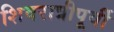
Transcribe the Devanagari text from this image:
शिवरात्रीपूर्वी